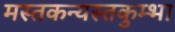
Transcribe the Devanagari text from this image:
मस्तकन्यस्तकुम्भा